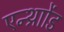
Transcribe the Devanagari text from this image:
एन्थ्राोंड